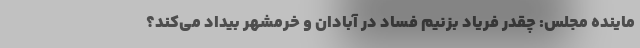
ماینده مجلس: چقدر فریاد بزنیم فساد در آبادان و خرمشهر بیداد می‌کند؟